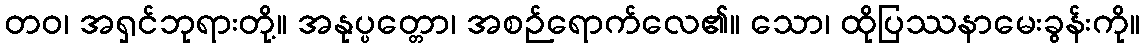
တဝ၊ အရှင်ဘုရားတို့။ အနုပ္ပတ္တော၊ အစဉ်ရောက်လေ၏။ သော၊ ထိုပြဿနာမေးခွန်းကို။